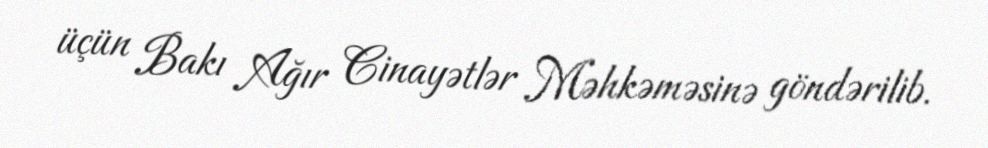
üçün Bakı Ağır Cinayətlər Məhkəməsinə göndərilib.